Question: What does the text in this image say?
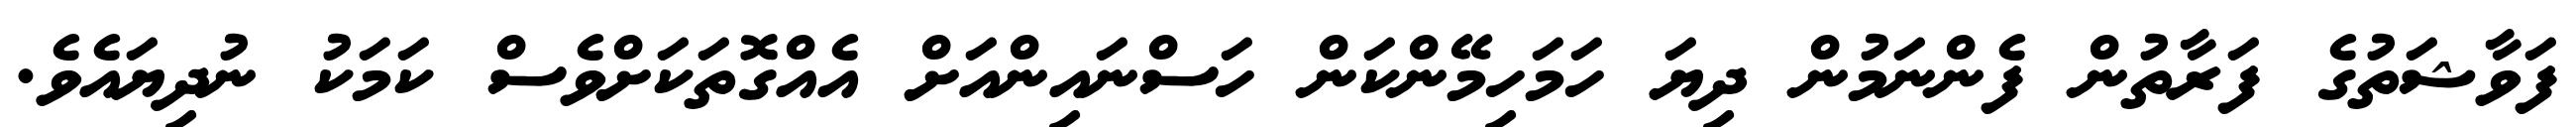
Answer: ފަވާޝަތުގެ ފަރާތުން ފެންނަމުން ދިޔަ ހަމަހިމޭންކަން ހަސްނައިންއަށް އެއްގޮތަކަށްވެސް ކަމަކު ނުދިޔައެވެ.